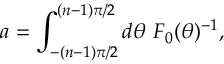
a = \int _ { - ( n - 1 ) \pi / 2 } ^ { ( n - 1 ) \pi / 2 } d \theta ~ { \cal F } _ { 0 } ( \theta ) ^ { - 1 } ,